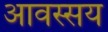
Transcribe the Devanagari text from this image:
आवस्सय